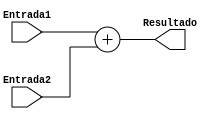
module Somador (Entrada1, Entrada2, Resultado);

  input signed [7:0] Entrada1, Entrada2;
  output signed [7:0] Resultado;

  assign Resultado = Entrada1 + Entrada2;

endmodule